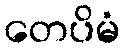
တေပိမံ